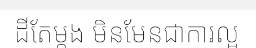
ដីតែម្តង មិនមែនជាការល្អ